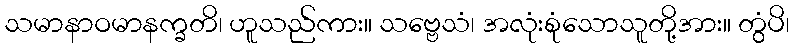
သမာနာဝမာနက္ခတိ၊ ဟူသည်ကား။ သဗ္ဗေသံ၊ အလုံးစုံသောသူတို့အား။ တွံပိ၊